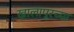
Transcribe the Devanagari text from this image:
खालापूरच्या